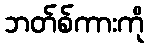
ဘတ်စ်ကားကို